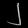
Digit: ၂